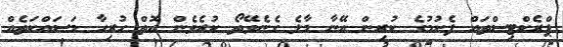
ޕްރެކްޓިސްތައް ފެށުމުގެ ކުރިން އޭނާ މާލެ ގެނެވޭތޯ ކުރެވެން އޮތް ހުރިހާ މަސައްކަތެއް